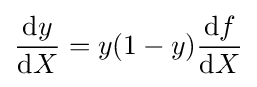
{\frac {\mathrm {d} y}{\mathrm {d} X}}=y(1-y){\frac {\mathrm {d} f}{\mathrm {d} X}}